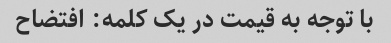
با توجه به قیمت در یک کلمه: افتضاح